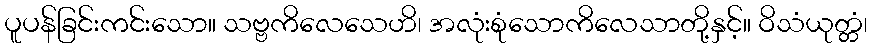
ပူပန်ခြင်းကင်းသော။ သဗ္ဗကိလေသေဟိ၊ အလုံးစုံသောကိလေသာတို့နှင့်။ ဝိသံယုတ္တံ၊